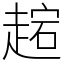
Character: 趤